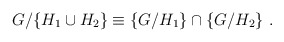
\begin{align*}G/\{H_1 \cup H_2\}\equiv \{G/H_1\} \cap \{G/H_2\}~.~\,\end{align*}